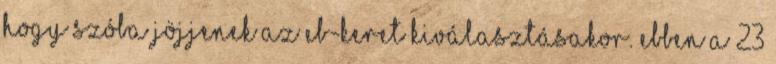
hogy szóba jöjjenek az Eb-keret kiválasztásakor. Ebben a 23